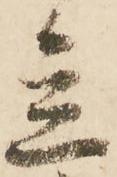
立